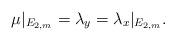
LaTeX: \begin{align*}\mu|_{E_{2,m}}= \lambda_y =\lambda_x|_{E_{2,m}}.\end{align*}